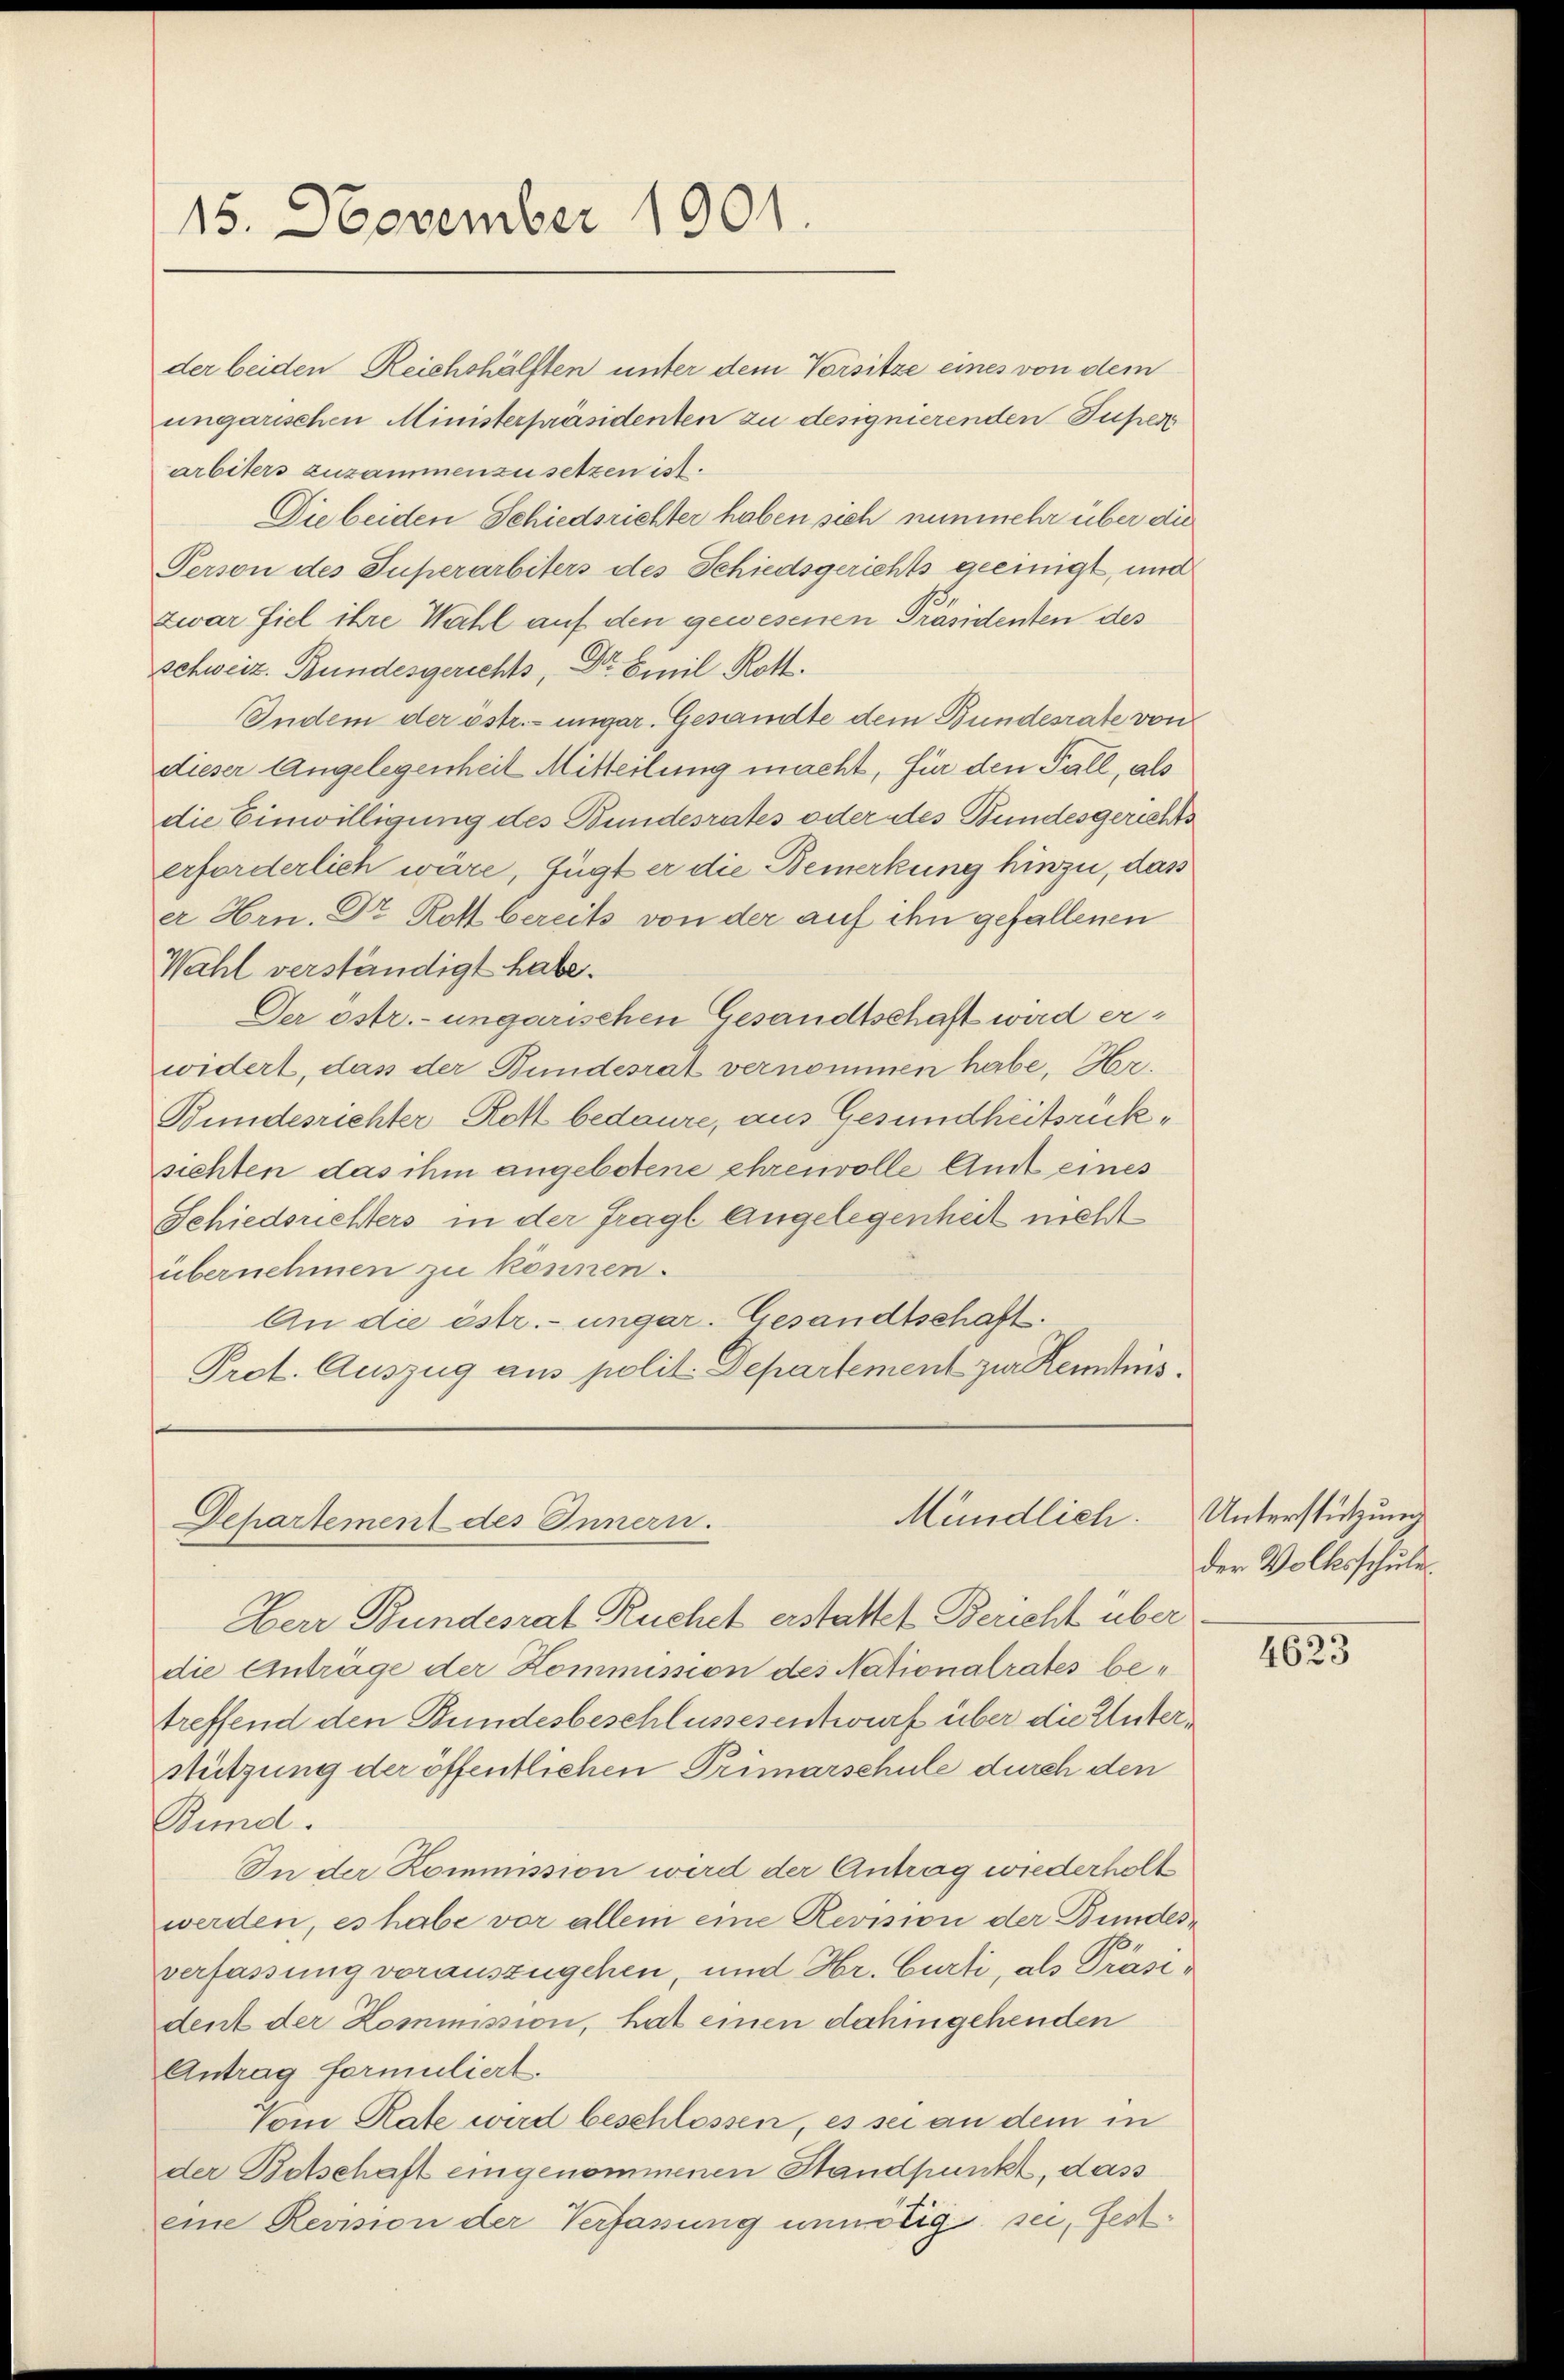
15. November 1901

der beiden Reichshälften unter dem Vorsitze eines von dem
ungarischen Ministerpräsidenten zu designierenden Füßen
arbiters zusammenzusetzen ist.
Die beiden Schiedsrichter haben sich nunmehr über die
Person des Superarbiters des Schiedsgerichts geeinigt, und
zwar fiel ihre Wahl auf den gewesenen Präsidenten des
schweiz. Bundesgerichts, Dr. Emil Rott.
Indem der estr.-ungar. Gesandte dem Bundesrate von
dieser Angelegenheit Mitteilung macht, für den Fall, als
die Einwilligung des Bundesrates oder des Bundesgerichts
erforderlich wäre, fügt er die Bemerkung hinzu, das
er Hrn. Dr. Rott bereits von der auf ihn gefallenen
Wahl verständigt habe.
Der östr.-ungarischen Gesandtschaft wird erwidert, das der Bundesrat vernommen habe, Her¬
Bundesrichter Rott bedaure, aus Gesundheitsrücksichten das ihm angebotene ehrenvolle Amt eines
Schiedsrichters in der fragl Angelegenheit nicht
übernehmen zu können.
An die östr.-ungar. Gesandtschaft.
Prot. Auszug aus polit. Departement zur Kenntnis¬

Mündlich:
Departement des Innern.

Herr Bundesrat Ruchet erstattet Bericht über
die Anträge der Kommission des Nationalrates betreffend den Bundesbeschlussesentwurf über die Unterstützung der öffentlichen Primarschule durch den
Bund.
In der Kommission wird der Antrag wiederholt
werden, es habe vor allein eine Revision der Bundesverfassung vorauszugehen, und Hr. Curti, als Präsident der Kommission, hat einen dahingehenden
Antrag formuliert.
Vom Rate wird beschlossen, es sei an dem in
der Botschaft eingenommenen Standpunkt, dass
eine Revision der Verfassung unnötig sei, fest¬

Unterstützung
der Volksschule.

4623